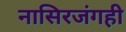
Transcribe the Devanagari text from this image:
नासिरजंगही